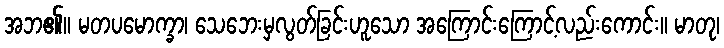
အဘ၏။ မတပမောက္ခာ၊ သေဘေးမှလွတ်ခြင်းဟူသော အကြောင်းကြောင့်လည်းကောင်း။ မာတု၊